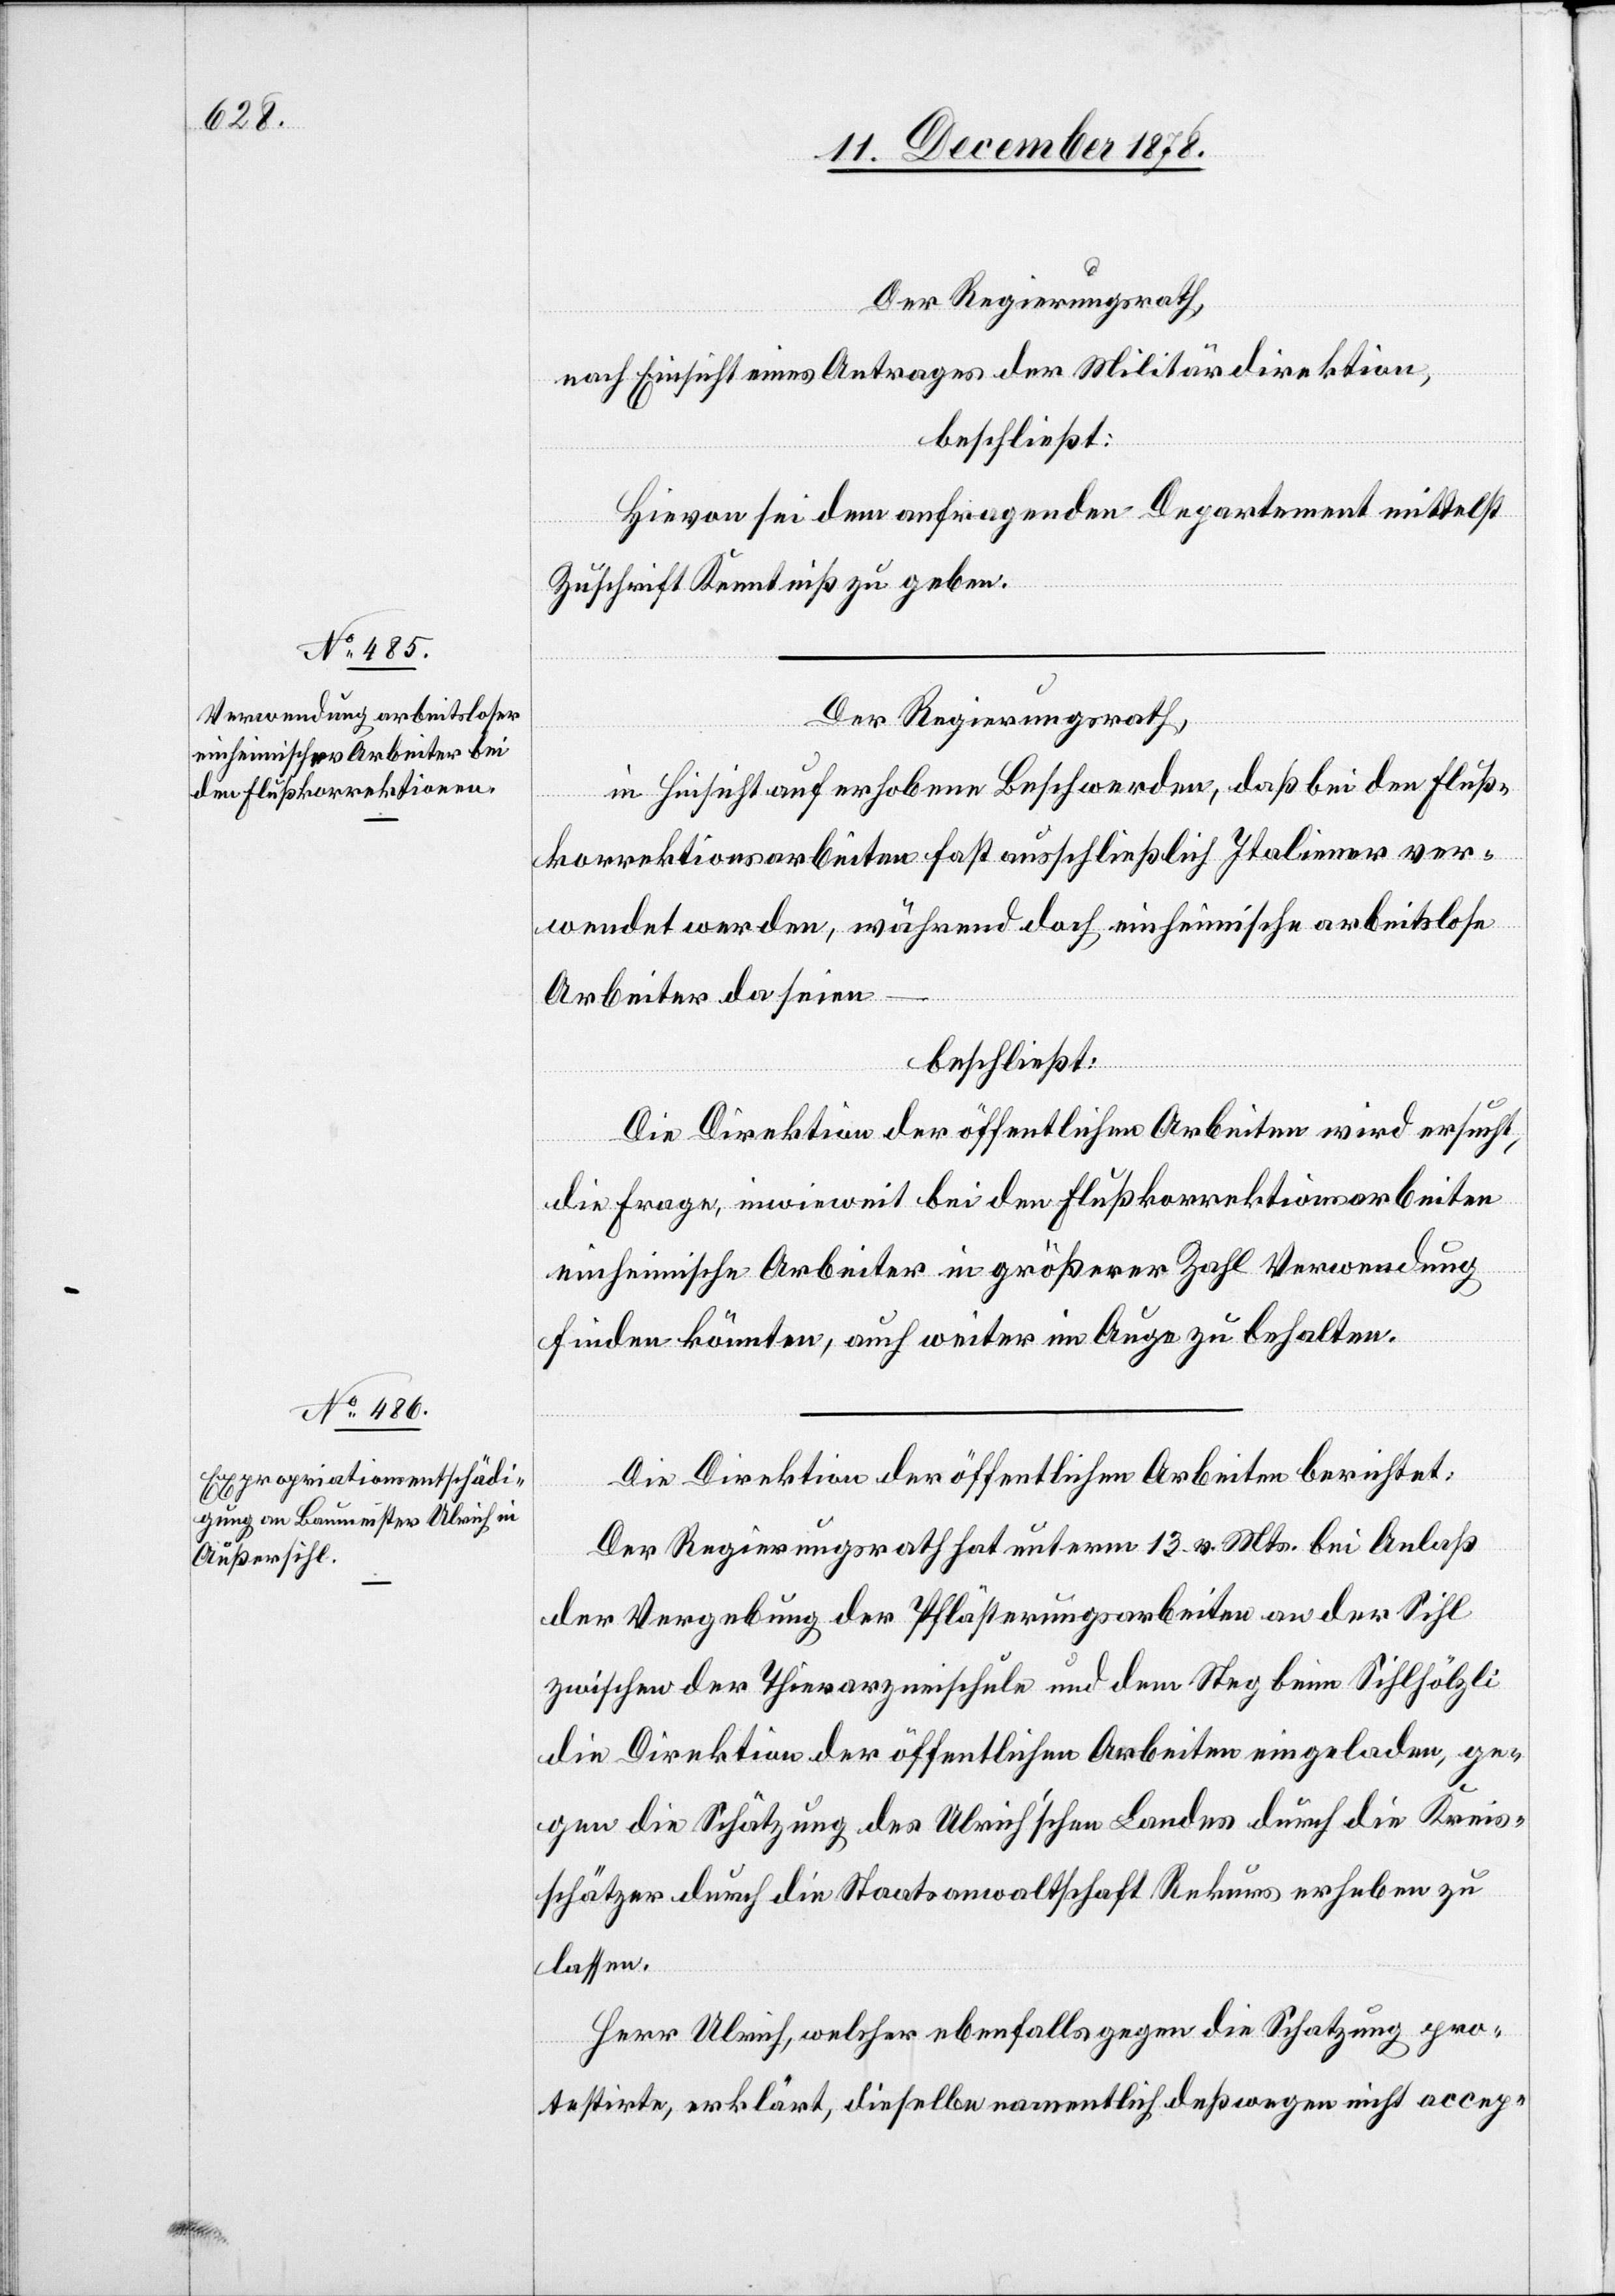
Der Regierungsrath,
nach Einsicht eines Antrages der Militärdirektion,
beschließt:
Hievon sei dem anfragenden Departement mittelst
Zuschrift Kenntniß zu geben.
Der Regierungsrath,
in Hinsicht auf erhobene Beschwerden, daß bei den Fluß¬
korrektionsarbeiten fast ausschließlich Italiener ver¬
wendet werden, während doch einheimische arbeitslose
Arbeiter da seien
–
beschließt:
Die Direktion der öffentlichen Arbeiten wird ersucht,
die Frage, inwieweit bei den Flußkorrektionsarbeiten
einheimische Arbeiter in größerer Zahl Verwendung
finden könnten, auch weiter im Auge zu behalten.
Die Direktion der öffentlichen Arbeiten berichtet:
Der Regierungsrath hat unterm 13. v. Mts. bei Anlaß
der Vergebung der Pflästerungsarbeiten an der Sihl
zwischen der Thierarzneischule und dem Steg beim Sihlhölzli
die Direktion der öffentlichen Arbeiten eingeladen, ge¬
gen die Schatzung des Ulrich’schen Landes durch die Kreis¬
schätzer durch die Staatsanwaltschaft Rekurs erheben zu
lassen.
Herr Ulrich, welcher ebenfalls gegen die Schatzung pro¬
testirte, erklärt, dieselbe namentlich deßwegen nicht accep-